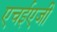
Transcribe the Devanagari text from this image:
एचईएजी